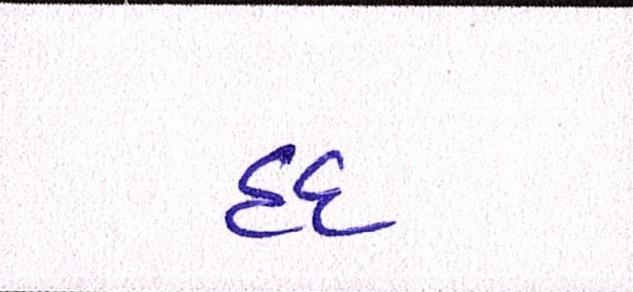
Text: હદ